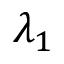
\lambda _ { 1 }